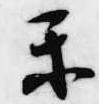
楽